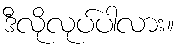
ဒီလိုလုပ်ပါလား။